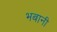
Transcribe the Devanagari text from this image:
भबानी